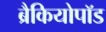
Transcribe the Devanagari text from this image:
ब्रैकियोपॉड